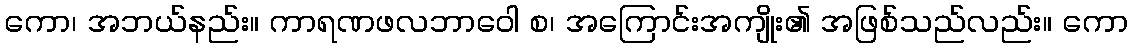
ကော၊ အဘယ်နည်း။ ကာရဏဖလဘာဝေါ စ၊ အကြောင်းအကျိုး၏ အဖြစ်သည်လည်း။ ကော